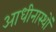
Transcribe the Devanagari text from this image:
आधीनास्थों